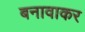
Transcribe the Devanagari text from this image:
बनावाकर